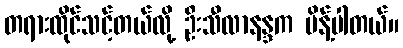
တရားထိုင်သင့်တယ်လို့ ဦးသီလာနန္ဒက မိန့်ပါတယ်။